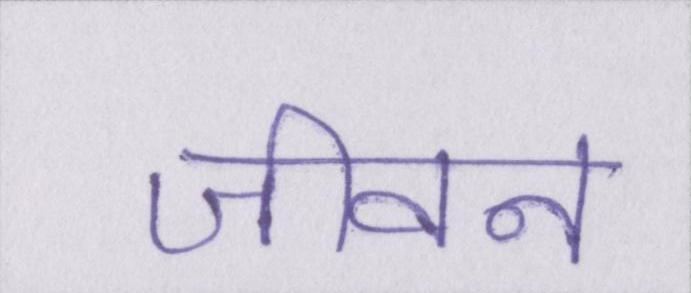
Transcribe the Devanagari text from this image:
जीवन